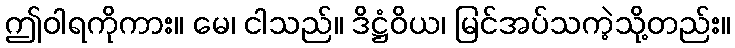
ဤဝါရကိုကား။ မေ၊ ငါသည်။ ဒိဋ္ဌံဝိယ၊ မြင်အပ်သကဲ့သို့တည်း။